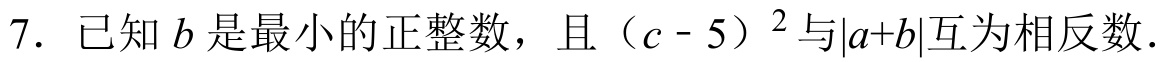
7. 已知 \(b\) 是最小的正整数，且 \((c - 5)^{2}\)与\(\vert a + b\vert\)互为相反数.